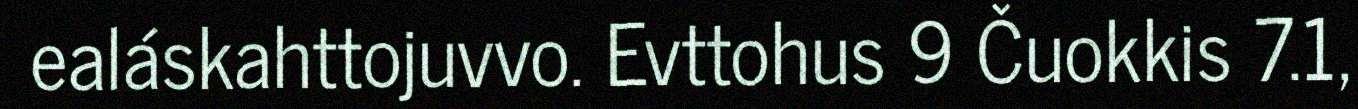
ealáskahttojuvvo. Evttohus 9 Čuokkis 7.1,